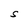
Character: S